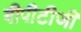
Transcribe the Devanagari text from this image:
बीपीटीजी